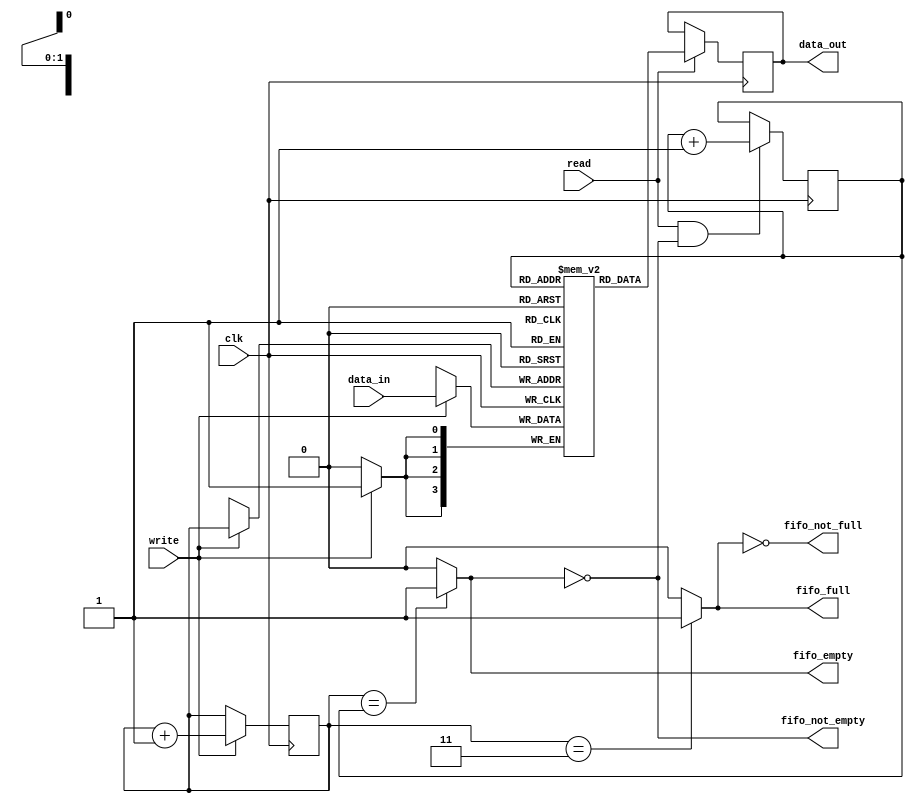
module fifo #(
    parameter WIDTH = 4,
    parameter DEPTH = 4
)(
    input [WIDTH-1:0] data_in,
    input wire clk,
    input wire write,
    input wire read,
    output reg [WIDTH-1:0] data_out,
    output wire fifo_full,
    output wire fifo_empty,
    output wire fifo_not_empty,
    output wire fifo_not_full
);

    // memory will contain the FIFO data.
    reg [WIDTH-1:0] memory [0:DEPTH-1];
    // $clog2(DEPTH+1)-2 to count from 0 to DEPTH
    reg [$clog2(DEPTH)-1:0] write_ptr;
    reg [$clog2(DEPTH)-1:0] read_ptr;

    // Initialization
    initial begin
    
        // Init both write_cnt and read_cnt to 0
        write_ptr = 0;
        read_ptr = 0;

        // Display error if WIDTH is 0 or less.
        if ( WIDTH <= 0 ) begin
            $error("%m ** Illegal condition **, you used %d WIDTH", WIDTH);
        end
        // Display error if DEPTH is 0 or less.
        if ( DEPTH <= 0) begin
            $error("%m ** Illegal condition **, you used %d DEPTH", DEPTH);
        end

    end // end initial

    assign fifo_empty   = ( write_ptr == read_ptr ) ? 1'b1 : 1'b0;
    assign fifo_full    = ( write_ptr == (DEPTH-1) ) ? 1'b1 : 1'b0;
    assign fifo_not_empty = ~fifo_empty;
    assign fifo_not_full = ~fifo_full;

    always @ (posedge clk) begin

        if ( write ) begin
            memory[write_ptr] <= data_in;
        end

        if ( read ) begin
            data_out <= memory[read_ptr];
        end

    end

    always @ ( posedge clk ) begin
        if ( write ) begin
            write_ptr <= write_ptr + 1;
        end

        if ( read && fifo_not_empty ) begin
            read_ptr <= read_ptr + 1;
        end
    end
endmodule